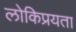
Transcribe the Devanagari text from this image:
लोकिप्रयता